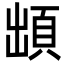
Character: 䪼